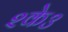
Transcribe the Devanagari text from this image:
२के३